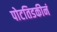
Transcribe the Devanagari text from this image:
पोटतिडकीनं